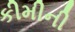
કીમીની